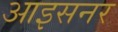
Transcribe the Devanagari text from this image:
आइसनर